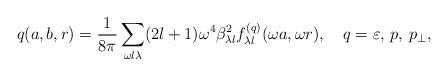
LaTeX: \begin{align*}q(a,b,r)=\frac{1}{8\pi }\sum_{\omega l\lambda }(2l+1)\omega ^4\beta ^2_{\lambda l}f_{\lambda l}^{(q)}(\omega a,\omega r),\quad q=\varepsilon,\, p,\, p_\perp ,\end{align*}